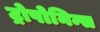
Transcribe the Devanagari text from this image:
ट्रोपोनिन्स